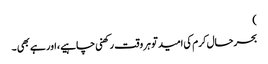
)
بحرحال کرم کی امید تو ہر وقت رکھنی چاہیے، اور ہے بھی ۔